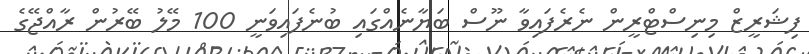
ފިޝަރީޒް މިނިސްޓްރީން ނެރެފައިވާ ނޫސް ބަޔާނެއްގައި ބުނެފައިވަނީ 100 މޭލު ބޭރުން ރާއްޖޭގެ